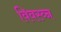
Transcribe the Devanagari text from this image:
विवस्व्न